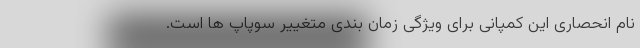
نام انحصاری این کمپانی برای ویژگی زمان بندی متغییر سوپاپ ها است.